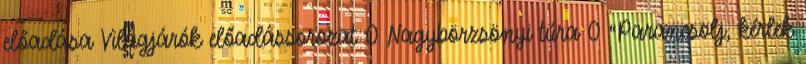
előadása Világjárók előadássorozat 0 Nagybörzsönyi túra 0 “Parancsolj, kérlek